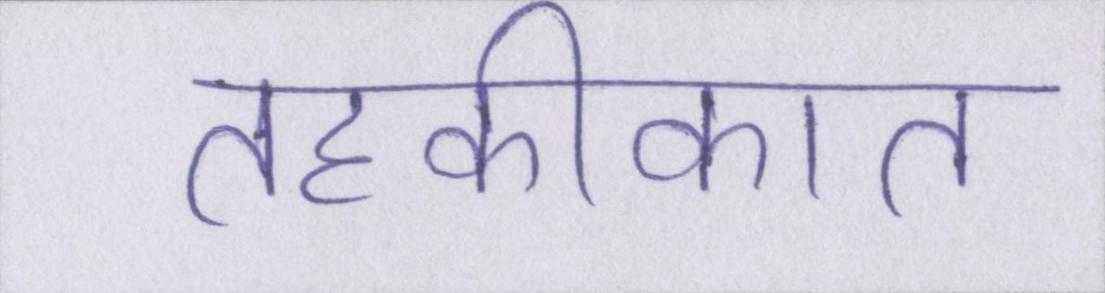
तहकीकात